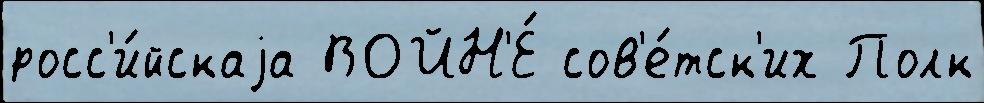
росс'и́йскаjа ВОЙН'Е́ сов'е́тск'их Полк